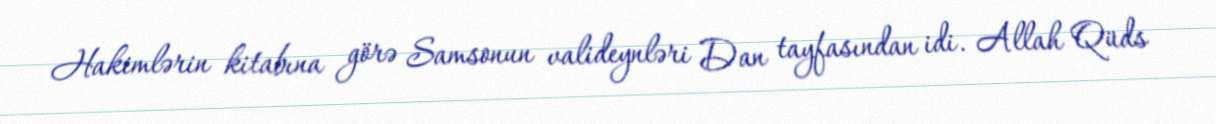
Hakimlərin kitabına görə Samsonun valideynləri Dan tayfasından idi. Allah Qüds